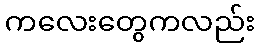
ကလေးတွေကလည်း